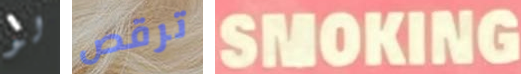
لو ترقص SMOKING